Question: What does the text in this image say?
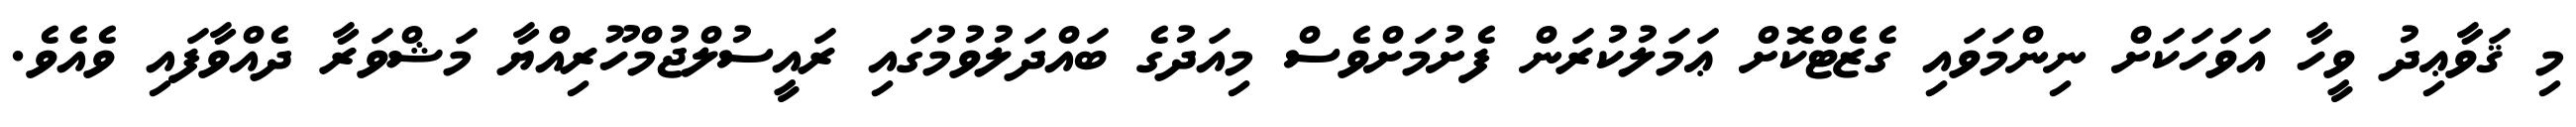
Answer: މި ޤަވާޢިދު ވީހާ އަވަހަކަށް ނިންމަވައި ގެޒެޓްކޮށް ޢަމަލުކުރަން ފެށުމަށްވެސް މިއަދުގެ ބައްދަލުވުމުގައި ރައީސުލްޖުމްހޫރިއްޔާ މަޝްވަރާ ދެއްވާފައި ވެއެވެ.